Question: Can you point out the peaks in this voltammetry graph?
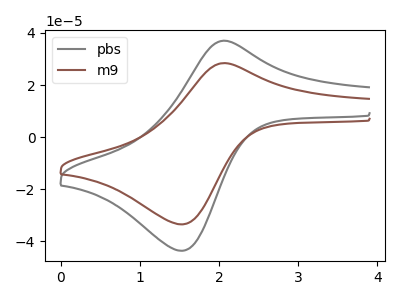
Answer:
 <answer>The gray curve "pbs" has an anodic peak at (2.10V, 37.00uA) and a cathodic peak at (1.55V, -43.65uA). The brown curve "m9" has an anodic peak at (2.10V, 28.40uA) and a cathodic peak at (1.55V, -33.50uA).</answer>
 <eval></eval>